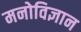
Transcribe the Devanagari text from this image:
मनोविज्ञान